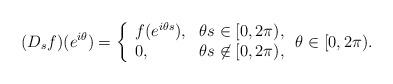
LaTeX: \begin{align*}(D_s f)(e^{i\theta})=\left\{\begin{array}{ll}f(e^{i\theta s}), & \theta s\in[0,2\pi),\\0, &\theta s\not\in[0,2\pi),\end{array}\right.\theta \in[0,2\pi).\end{align*}